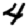
Digit: 4